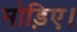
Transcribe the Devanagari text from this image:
मोड़िए।